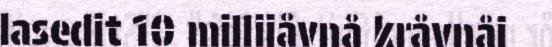
lasedit 10 millijåvnå kråvnåj